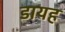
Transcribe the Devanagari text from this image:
डायह